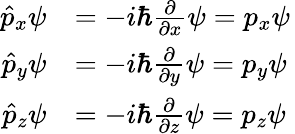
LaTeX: {\begin{array}{rl}{{\hat{p}}_{x}\psi}&{=-i\hbar{\frac{\partial}{\partial x}}\psi=p_{x}\psi}\\ {{\hat{p}}_{y}\psi}&{=-i\hbar{\frac{\partial}{\partial y}}\psi=p_{y}\psi}\\ {{\hat{p}}_{z}\psi}&{=-i\hbar{\frac{\partial}{\partial z}}\psi=p_{z}\psi}\end{array}}\,